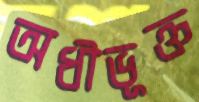
অধীভূক্ত